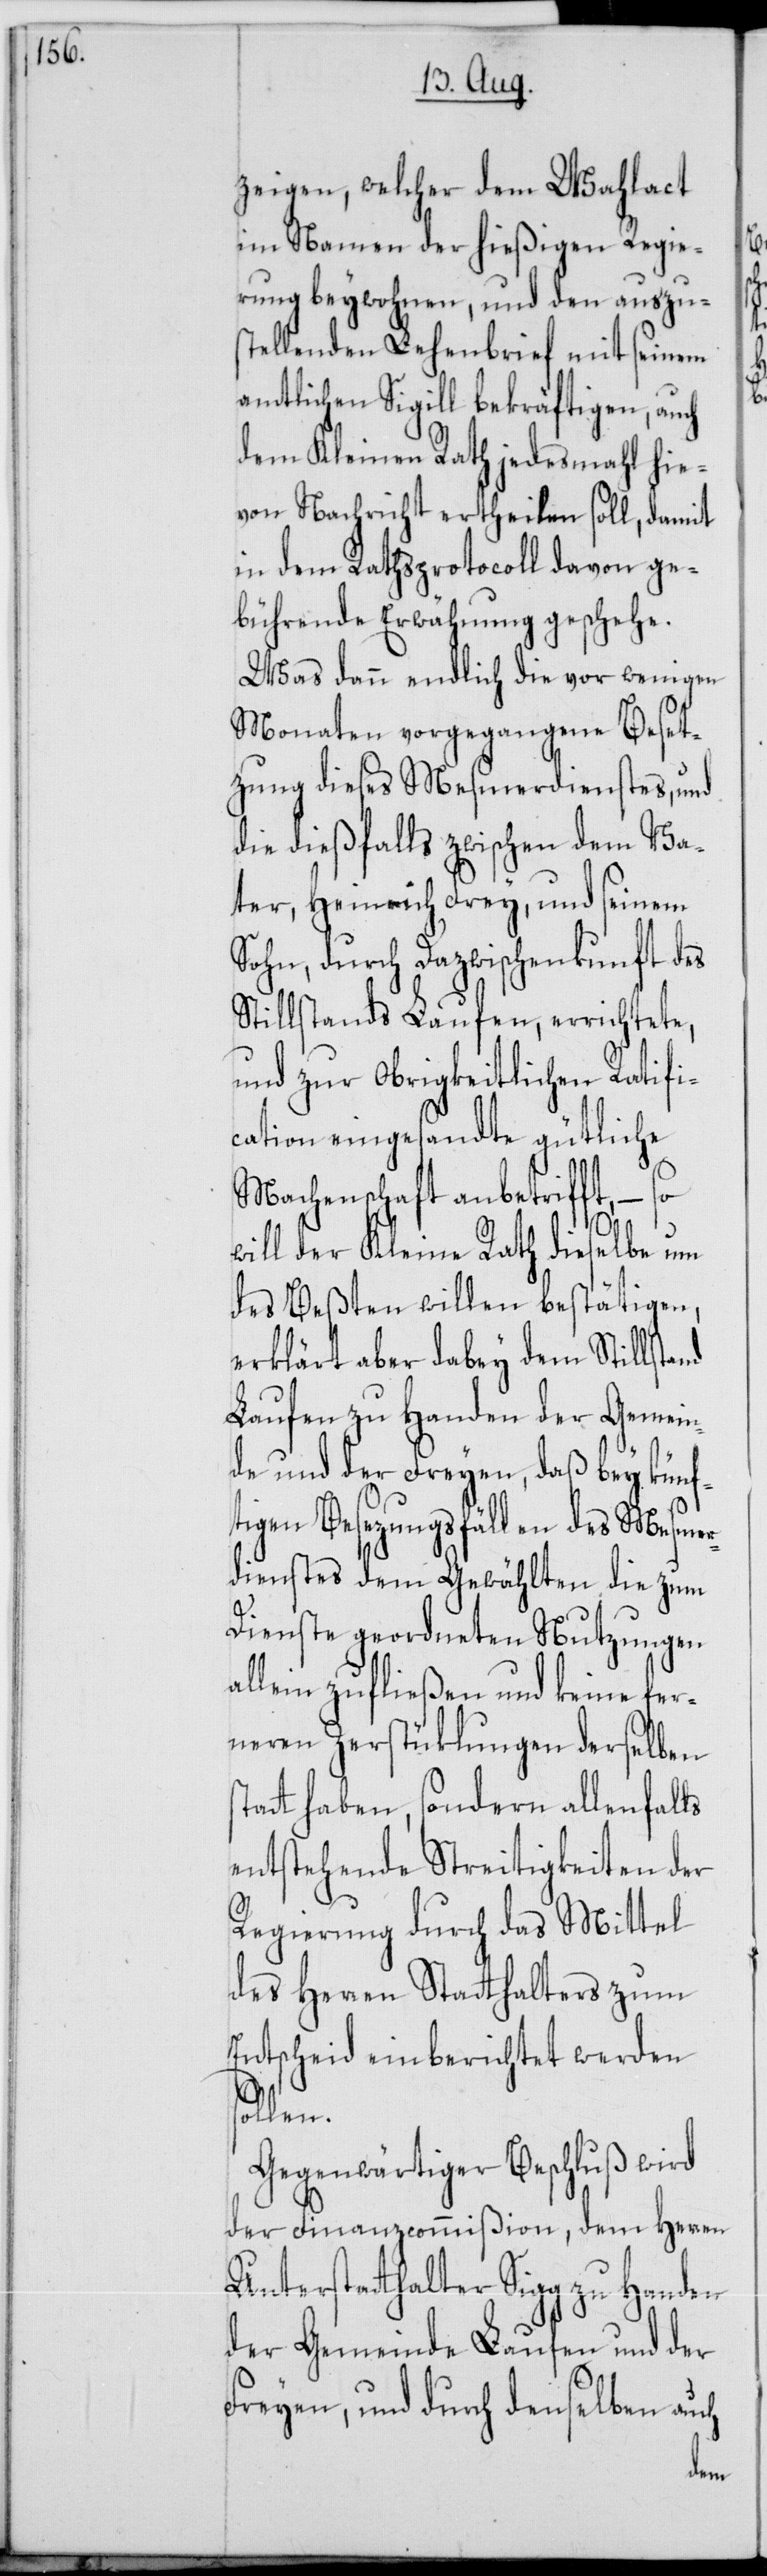
zeigen, welcher dem Wahlact
im Namen der hießigen Regie¬
rung beywohnen, und den auszu¬
stellenden Lehenbrief mit seinem
amtlichen Sigill bekräftigen, auch
dem Kleinen Rath jedesmahl hie¬
von Nachricht ertheilen soll, damit
in dem Rathsprotocoll davon ge¬
bührende Erwähnung geschehe.
Was dann endlich die vor wenigen
Monaten vorgegangene Beset¬
zung dieses Mesmerdienstes, und
die dießfalls zwischen dem Va¬
ter, Heinrich Frey, und seinem
Sohn, durch Dazwischenkunft des
Stillstands Laufen, errichtete,
und zur Obrigkeitlichen Ratifi¬
cation eingesandte gütliche
Machenschaft anbetrifft, – so
ll der Kleine Rath dieselbe um
des Beßten willen bestätigen,
erklärt aber dabey dem Stillstand
Laufen zu Handen der Gemein¬
de und der Freyen, daß bey künf¬
tigen Besezungsfällen des Mesmer¬
dienstes dem Gewählten die zum
Dienste geordneten Nutzungen
allein zufließen und keine fer¬
neren Zerstüklungen derselben
tt haben, sondern allenfalls
entstehende Streitigkeiten der
Regierung durch das Mittel
des Herren Statthalters zum
Entscheid einberichtet werden
sta¬
Gegenwärtiger Beschluß wird
der Finanzcommißion, dem Herren
Unterstatthalter Sigg zu Handen
der Gemeinde Laufen und der
Freyen, und durch denselben auch